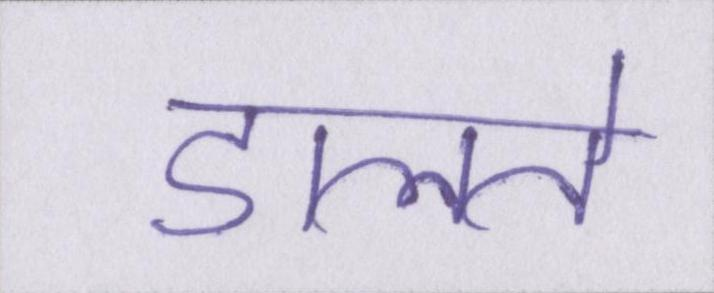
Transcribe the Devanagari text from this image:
डालते